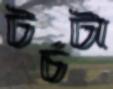
টর্চটা